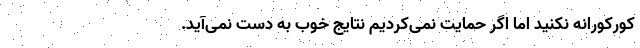
کورکورانه نکنید اما اگر حمایت نمی‌کردیم نتایج خوب به دست نمی‌آید.